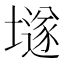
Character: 𡑞